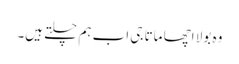
وہ بولا اچھا ماتا جی اب ہم چلتے ہیں۔